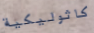
كاثوليكية